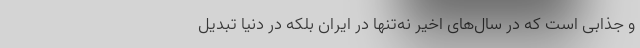
و جذابی است که در سال‌های اخیر نه‌تنها در ایران بلکه در دنیا تبدیل